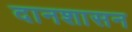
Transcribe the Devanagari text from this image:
दानशासन